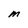
Character: M